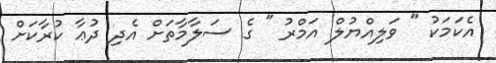
އެކަމަކު " ވަލިއްޔުލް އަމްރު " ގެ ސަލާމާތަށް އެދި ދުޢާ ކުރާކަށް